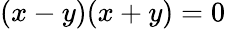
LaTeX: (x-y)(x+y)=0